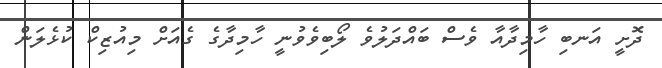
ދޮށީ އަނބި ހާމިދާއާ ވެސް ބައްދަލުވެ ލޯބިވެވުނީ ހާމިދާގެ ގެއަށް މިއުޒިކް ކުޅެލަން